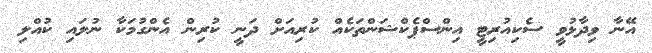
އޭނާ ވިދާޅުވީ ސެކިއުރިޓީ އިންސްޕެކްޝަންތަކެއް ކުރިއަށް ދަނީ ކުރިން އެންގުމަކާ ނުލައި ކުއްލި